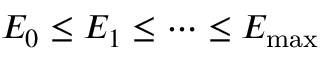
E _ { 0 } \le E _ { 1 } \le \cdots \le E _ { \mathrm { m a x } }